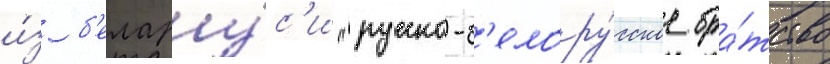
и́з б'елару́с'и "русско-б'елору́сское бра́тство